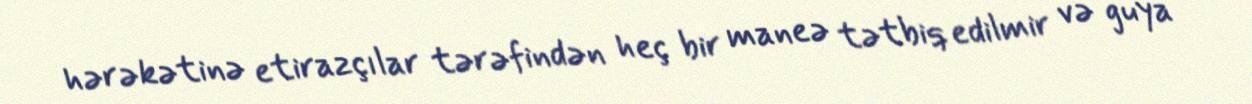
hərəkətinə etirazçılar tərəfindən heç bir maneə tətbiq edilmir və guya